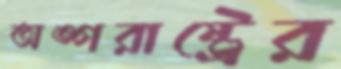
অঙ্গরাষ্ট্রের